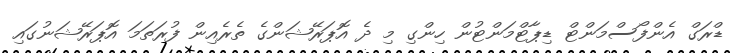
ޑްރަގް އެންފޯސްމަންޓް ޑިޕާޓްމަންޓުން ހިންގި މި ދެ އޮޕަރޭޝަންގެ ތެރެއިން ފުރަތަމަ އޮޕަރޭޝަނުގައި